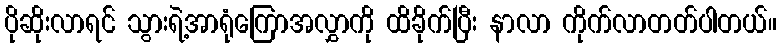
ပိုဆိုးလာရင် သွားရဲ့အာရုံကြောအလွှာကို ထိခိုက်ပြီး နာလာ ကိုက်လာတတ်ပါတယ်။